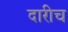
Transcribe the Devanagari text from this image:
दारीच